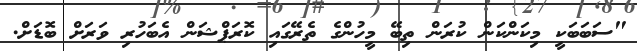
"ސަބަބަކީ މިކަންކަން ކުރަން ތިބޭ މީހުންގެ ތެރޭގައި ކޮރަޕްޝަން އެބަހުރި ވަރަށް ބޮޑަށް.